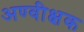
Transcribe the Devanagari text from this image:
अण्वीक्षक